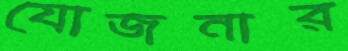
যোজনার